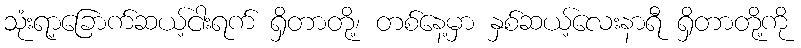
သုံးရာ့ခြောက်ဆယ့်ငါးရက် ရှိတာတို့၊ တစ်နေ့မှာ နှစ်ဆယ့်လေးနာရီ ရှိတာတို့ကို